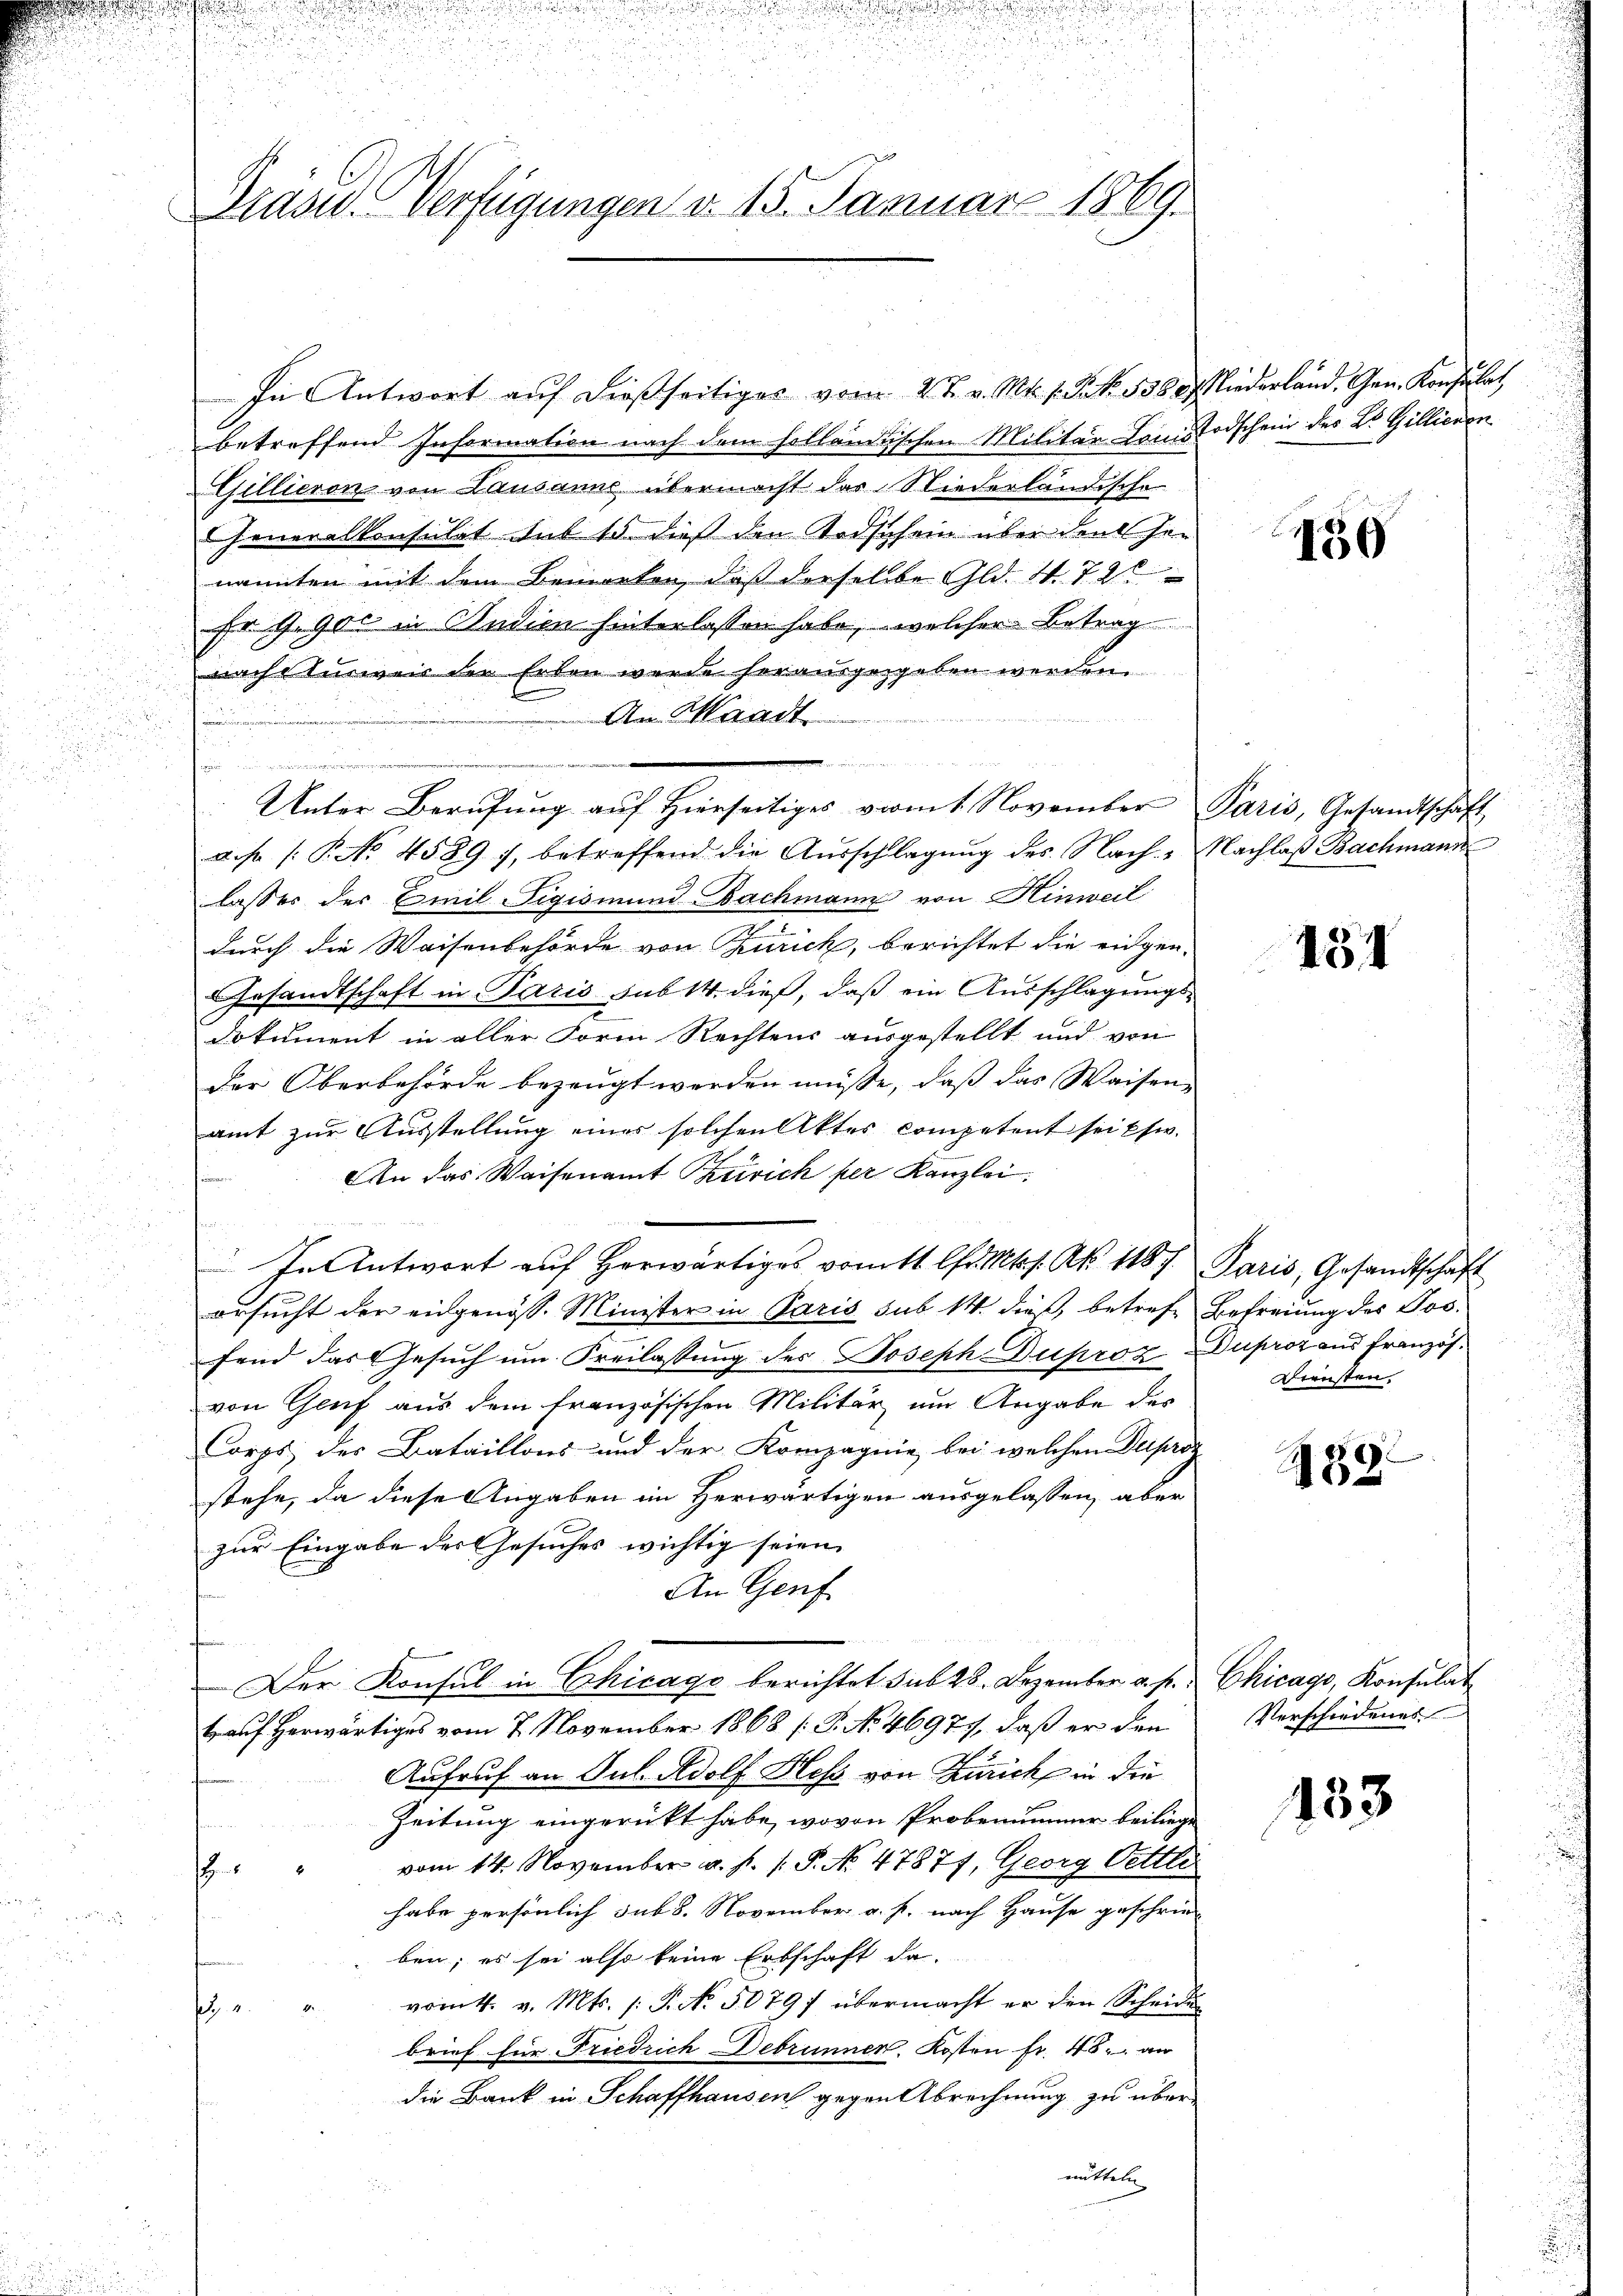
.

Präsid. Verfügungen d. 15. Januar 1869.

In Antwort aŭf dießseitiges vom 2 t v. Mts. 1. Frk. 1380 liederland. Gen. Konsulat
betreffend Information nach dem holländischen Militär Lands Todschein des Dr. Gillieren
Gillieron von Lausanns übermacht das Niederländische
Jeneralkonsulat sub 15. dieß den Todschein über den Genannten mit dem Bemerken, daß derselbe Gld. S. 72
Fr 9. 900 in Studien hinterlassen habe, welcher Betrag
nach Ausweis der Erben werde herausgegeben werden.
u
An Waadt

u

Unter Berufung auf Hierseitiges vom November
as P. No 4589), betreffend die Ausschlagung des Nach - Nachlaß Bachmann
lasser der Emil Tigismund Bachmann von Hinweil
durch die Waisenbehörde von Zürich, berichtet die eidgen.
Gesandtschaft in Paris sub 14. dieß, daß ein Ausschlagungs¬
Dokument in aller Form Rechtens ausgestellt und von
der Oberbehörde bezeugt werden müsse, daß das Waisen,
amt zur Ausstellung eines solchen Aktes competent sei Ehe.
An das Waisenamt Zürich per Kanzlei.
e
s

In Antwort auf herwärtiges vom 11 Uhr. Mts. N. 1187.
i
ersucht der eidgenöss. Minister in Paris sub 14. dieß, betrefr
fend das Gesuch um Freilassung des Joseph Duproz Duproz aus Französvon Gruf aus dem französischen Militär um Angabe der
Corps des Bataillons und der Kompagnie bei welchen Dupror
stehe, da diese Angaben im Herwärtigen ausgelassen, aber
zur Eingabe des Gesuches wichtig seien.
An Genf
Der Konsul in Chicago berichtet sub 28. Dezember a. p. Chicago, Konsulat
B auf herwärtiges vom 7. November 1868 (S. No 46977, daß er den
Aufruf an Jul. Adolf Heß von Zürich in die
Zeitung eingerückt habe, wovon Probenummer beiliege
vom 14. November a. p. 1. P. No. 47877, Georg Oettle
.
habe persönlich sub 8. November a. p. nach Hause geschrie-
i
ben; es sei also keine Erbschaft da-
vom 4. v. Mts. /: P. No. 50797 übermacht er den Scheidun
h
brief für Friedrich Debrunnen. Kosten fr. 48. an
die Bank in Schaffhausen gegen Abrechnung zu übermitteln
u

450

Paris, Gesandtschaft

151

Paris, Gesandtschaft
Befreiung des Jos.
Diensten.

2
182

Verschiedenes

153